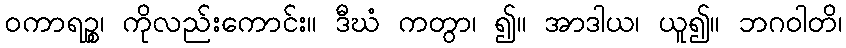
ဝကာရဉ္စ၊ ကိုလည်းကောင်း။ ဒီဃံ ကတွာ၊ ၍။ အာဒါယ၊ ယူ၍။ ဘဂဝါတိ၊